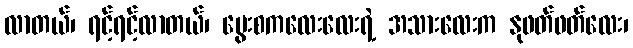
လာတယ်၊ ရင့်ရင့်လာတယ်၊ မွေးစကလေးလေးရဲ့ အသားလေးက နုဖတ်ဖတ်လေး၊